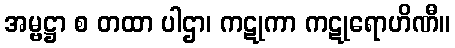
အမ္ဗဋ္ဌာ စ တထာ ပါဌာ၊ ကဋုကာ ကဋုရောဟိဏီ။